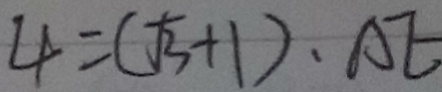
4 = ( \sqrt { 3 } + 1 ) . A E